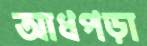
আধপড়া